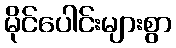
မိုင်ပေါင်းများစွာ